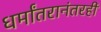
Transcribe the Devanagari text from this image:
धर्मांतरानंतरही